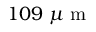
1 0 9 \; \mu \mathrm { ~ m ~ }